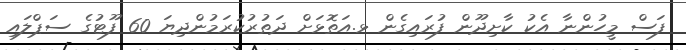
ފަސް މީހުންނާ އެކު ކާށިދޫން ފުރައިގެން ޅ.އަތޮޅަށް ދަތުރުކުރަމުންދިޔަ 60 ފޫޓުގެ ސަޕްލައި